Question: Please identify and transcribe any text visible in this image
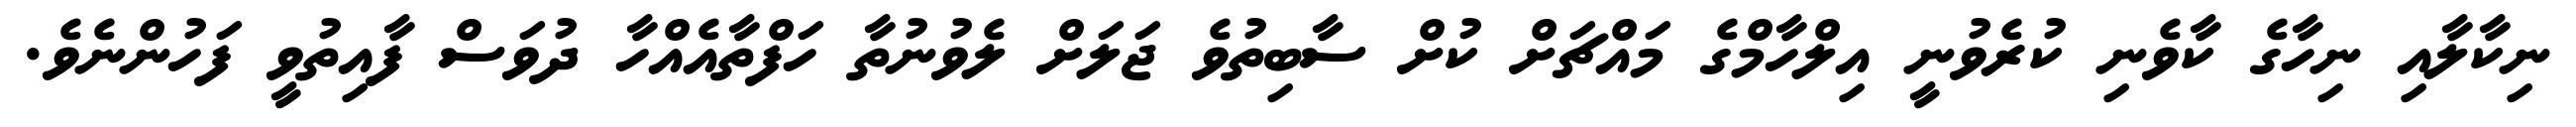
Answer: ނިކާލާއި ނިހާގެ ކާވެނި ކުރެވުނީ އިލްހާމްގެ މައްޗަށް ކުށް ސާބިތުވެ ޖަލަށް ލެވުނުތާ ހަފްތާއެއްހާ ދުވަސް ފާއިތުވީ ފަހުންނެވެ.